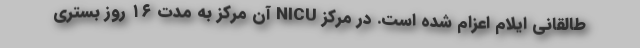
طالقانی ایلام اعزام شده است. در مرکز NICU آن مرکز به مدت ۱۶ روز بستری